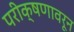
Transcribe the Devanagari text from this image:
परीक्षणावरून